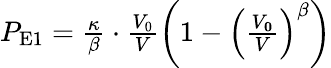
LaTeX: \begin{array}{r}{P_{\mathrm{E1}}=\frac{\kappa}{\beta}\cdot\frac{V_{\mathrm{0}}}{V}\left(1-\left(\frac{V_{\mathbf{0}}}{V}\right)^{\beta}\right)}\end{array}